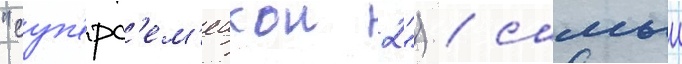
"суп'ерс'ем'еикои 2") / самыи